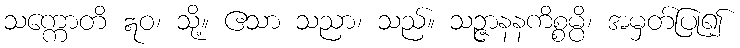
သက္ကောတိ ဣဝ၊ သို့။ ဧသာ သညာ၊ သည်။ သဉ္ဇာနနကိစ္စမ္ပိ၊ အမှတ်ပြု၍